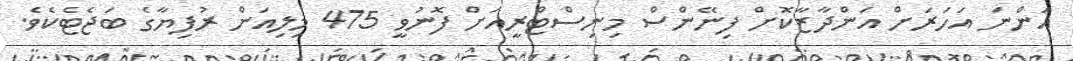
އަންނަ އަހަރަށް އަންދާޒާކޮށް ފިނޭންސް މިނިސްޓްރީއަށް ފޮނުވީ 475 މިލިއަން ރުފިޔާގެ ބަޖެޓެކެވެ.